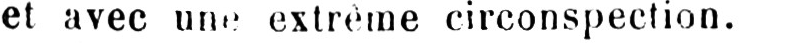
et avec une extrême circonspection.